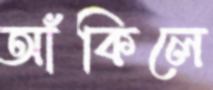
আঁকিলে